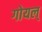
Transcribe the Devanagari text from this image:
गोयल्